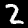
Digit: 2